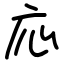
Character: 応